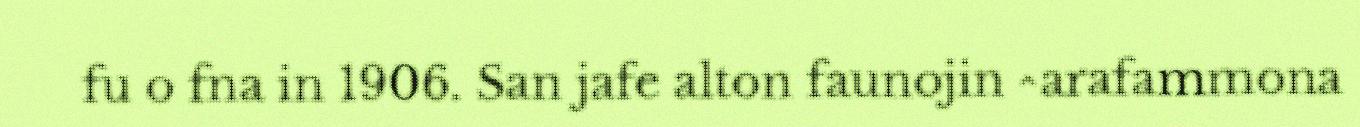
fu o fna in 1906. San jafe alton faunojin ^arafammona